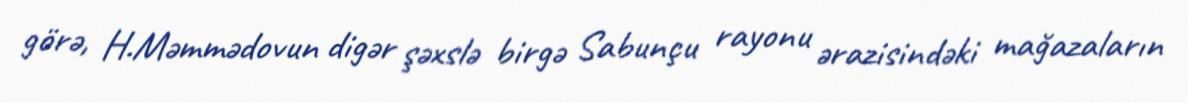
görə, H.Məmmədovun digər şəxslə birgə Sabunçu rayonu ərazisindəki mağazaların